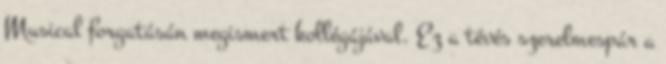
Musical forgatásán megismert kollégájával. Ez a tévés szerelmespár a